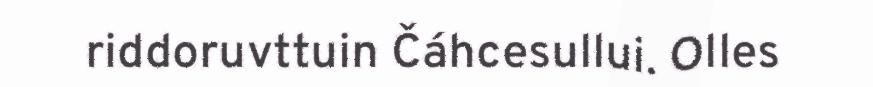
riddoruvttuin Čáhcesullui. Olles